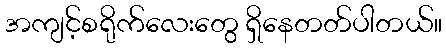
အကျင့်စရိုက်လေးတွေ ရှိနေတတ်ပါတယ်။